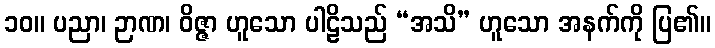
၁၀။ ပညာ၊ ဉာဏ၊ ဝိဇ္ဇာ ဟူသော ပါဠိသည် “အသိ” ဟူသော အနက်ကို ပြ၏။